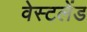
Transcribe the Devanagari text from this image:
वेस्टलेंड